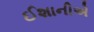
ઈશાનીએ